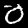
Label: 0